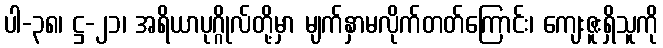
ပါ-၃၈၊ ဋ္ဌ-၂၁၊ အရိယာပုဂ္ဂိုလ်တို့မှာ မျက်နှာမလိုက်တတ်ကြောင်း၊ ကျေးဇူးရှိသူကို